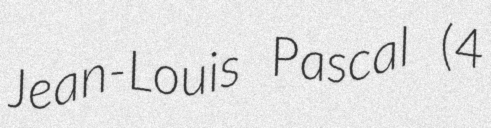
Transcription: Jean-Louis Pascal (4